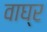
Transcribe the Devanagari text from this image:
वाघ्र